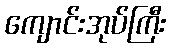
ကျောင်းအုပ်ကြီး